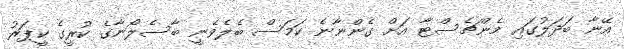
އޭނާ ބަދަލުގައި މެންޗެސްޓާ އަށް ގެންނާނެ ކަމަސް ބެލެވެނީ ބާސެލޯނާގެ ކުރީގެ ކީޕަރު